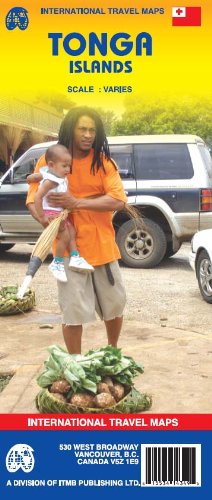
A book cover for Tonga Islands Travel Reference Map (International Travel Maps); ITM Canada; Travel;